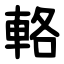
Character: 輅